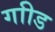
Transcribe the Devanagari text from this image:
गाीड